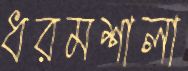
ধরমশালা